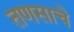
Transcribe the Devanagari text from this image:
तणसाचे